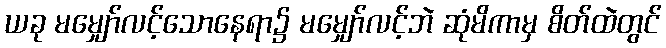
ယခု မမျှော်လင့်သောနေရာ၌ မမျှော်လင့်ဘဲ ဆုံမိကာမှ စိတ်ထဲတွင်